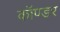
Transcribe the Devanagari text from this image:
कॉण्डर